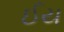
ઈય